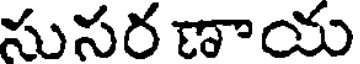
సుసర ణాయ